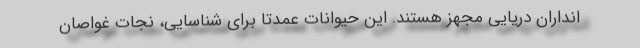
انداران دریایی مجهز هستند. این حیوانات عمدتا برای شناسایی، نجات غواصان